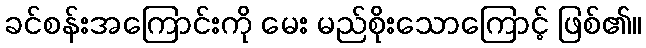
ခင်စန်းအကြောင်းကို မေး မည်စိုးသောကြောင့် ဖြစ်၏။